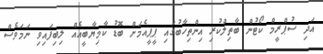
އަދި ސުޕްރީމް ކޯޓުން ބާތިލްކުރި އިންތިހާބުގައި ޕީޕީއެމަށް ބޮޑު ކާމިޔާބީއެއް ލިބިފައިވި ނަމަވެސް